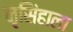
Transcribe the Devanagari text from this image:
नृसिंहाला